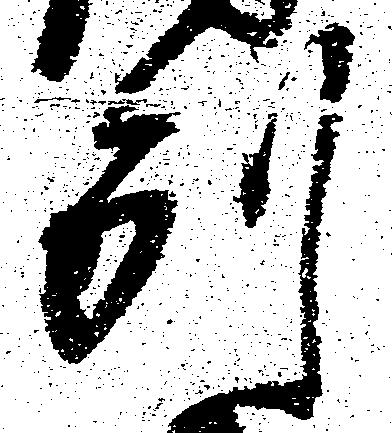
別